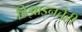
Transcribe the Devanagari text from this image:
डिझाइनचेही